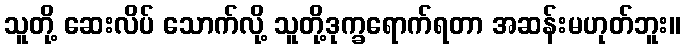
သူတို့ ဆေးလိပ် သောက်လို့ သူတို့ဒုက္ခရောက်ရတာ အဆန်းမဟုတ်ဘူး။